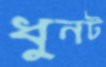
ধুনট